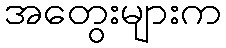
အတွေးများက